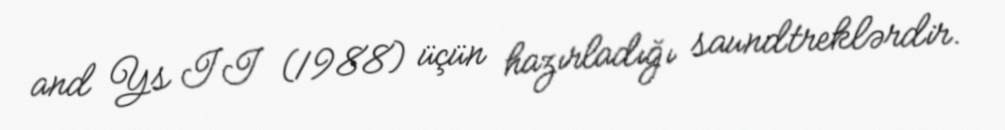
and Ys II (1988) üçün hazırladığı saundtreklərdir.